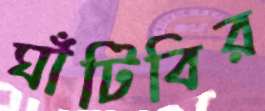
ঘাঁটিবির